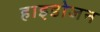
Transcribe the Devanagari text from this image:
हाइडोजन